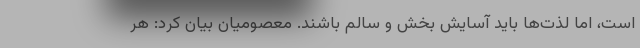
است، اما لذت‌ها باید آسایش بخش و سالم باشند. معصومیان بیان کرد: هر